Calcutta medical institutions reports 1879-81 [i.e.91]
Year: 1879
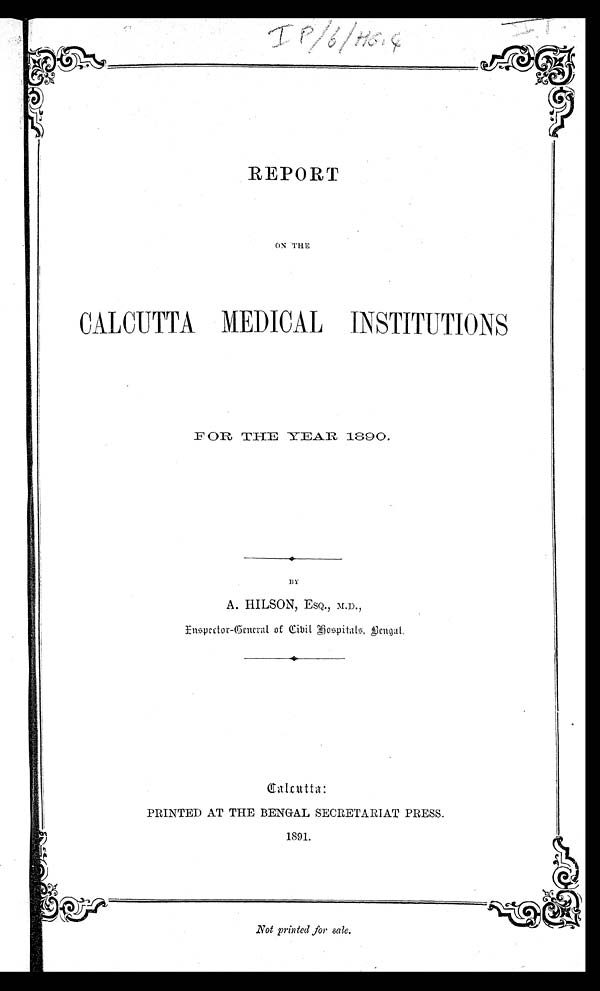
REPORT
ON THE
I
CALCUTTA
INSTITUTIONS
M E D I C A L
F
OR THE YEAR 1890.
II
• i
B y
A. HILSON, ESQ., M.D. ,
Inspector-General of Civil Hospital, Bengal,
Calcutta:
PRINTED AT THE BENGAL SECRETARIAT PRESS.
1891.
Not printed for sale.